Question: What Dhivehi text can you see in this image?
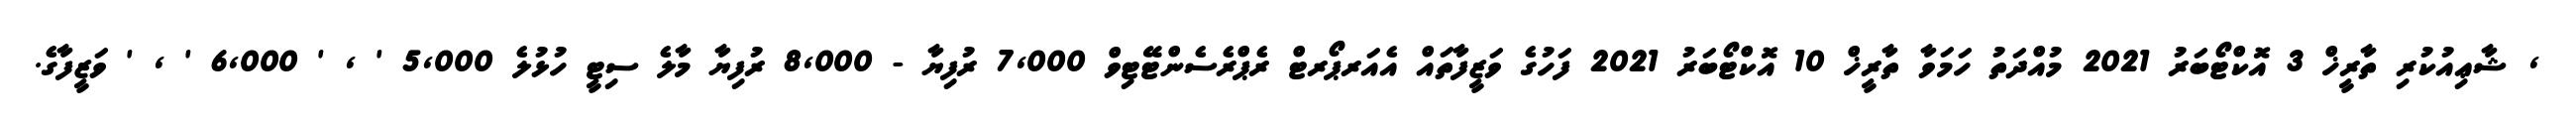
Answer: , ޝާޢިއުކުރި ތާރީޚް 3 އޮކްޓޯބަރު 2021 މުއްދަތު ހަމަވާ ތާރީޚް 10 އޮކްޓޯބަރު 2021 ފަހުގެ ވަޒީފާތައް އެއަރޕޯރޓް ރެޕްރެސެންޓޭޓިވް 7,000 ރުފިޔާ - 8,000 ރުފިޔާ މާލެ ސިޓީ ހުޅުލެ 5,000 ' , ' 6,000 ' , ' ވަޒީފާގެ.